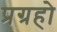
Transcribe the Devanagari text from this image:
प्रग्रहो